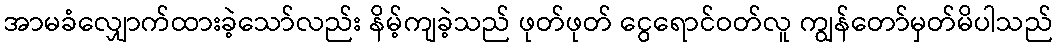
အာမခံလျှောက်ထားခဲ့သော်လည်း နိမ့်ကျခဲ့သည် ဖုတ်ဖုတ် ငွေရောင်ဝတ်လူ ကျွန်တော်မှတ်မိပါသည်